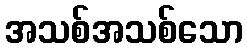
အသစ်အသစ်သော